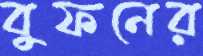
বুফনের